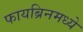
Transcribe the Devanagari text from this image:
फायब्रिनमध्ये